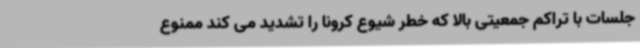
جلسات با تراکم جمعیتی بالا که خطر شیوع کرونا را تشدید می کند ممنوع